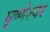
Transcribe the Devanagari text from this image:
घृष्‍णेश्‍वर